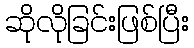
ဆိုလိုခြင်းဖြစ်ပြီး